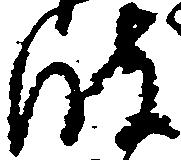
波